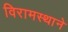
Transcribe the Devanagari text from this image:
विरामस्थाने